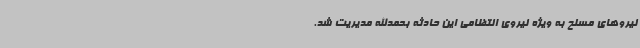
نیروهای مسلح به ویژه نیروی انتظامی این حادثه بحمدالله مدیریت شد.